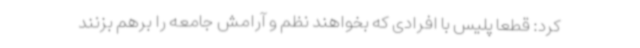
کرد: قطعا پلیس با افرادی که بخواهند نظم و آرامش جامعه را برهم بزنند